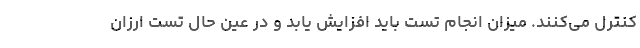
کنترل می‌کنند. میزان انجام تست باید افزایش یابد و در عین حال تست ارزان